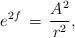
LaTeX: \begin{align*} e^{2f}\,=\,\frac{A^2}{r^2},\end{align*}